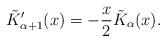
LaTeX: \begin{align*}\tilde{K}_{\alpha+1}'(x)=-\frac{x}{2}\tilde{K}_{\alpha}(x).\end{align*}